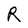
Character: R